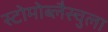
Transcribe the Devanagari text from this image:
स्टोमोब्लैस्चुला